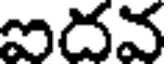
ఐదవ